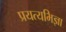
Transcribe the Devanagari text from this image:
प्रयत्यभिज्ञा